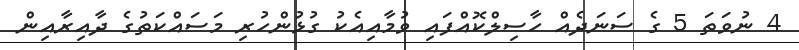
4 ނުވަތަ 5 ގެ ސަނަދެއް ހާސިލްކޮއްފައި ވުމާއިއެކު ގުޅުންހުރި މަސައްކަތުގެ ދާއިރާއިން